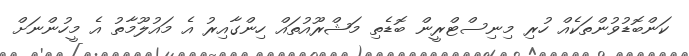
ކަންބޮޑުވުންތަކެއް ހުރި މިނިސްޓްރީން ބޮޑެތި މަޝްރޫއުތައް ހިންގާއިރު އެ މައުލޫމާތު އެ މީހުންނަށް